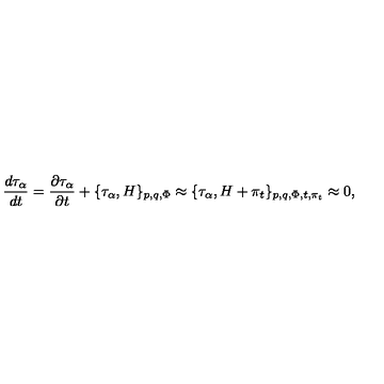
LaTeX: { \frac { d { \tau _ { \alpha } } } { d t } } = \frac { \partial \tau _ { \alpha } } { \partial t } + \{ \tau _ { \alpha } , H \} _ { p , q , \Phi } \approx \{ \tau _ { \alpha } , H + \pi _ { t } \} _ { p , q , \Phi , t , \pi _ { t } } \approx 0 ,